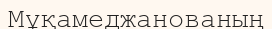
Мұқамеджанованың